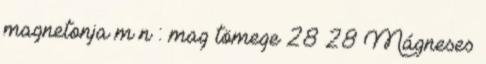
magnetonja m n : mag tömege 28 28 Mágneses